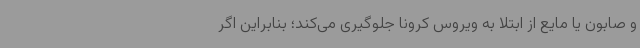
و صابون یا مایع از ابتلا به ویروس کرونا جلوگیری می‌کند؛ بنابراین اگر